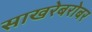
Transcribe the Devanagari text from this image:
साखरेबरोबर